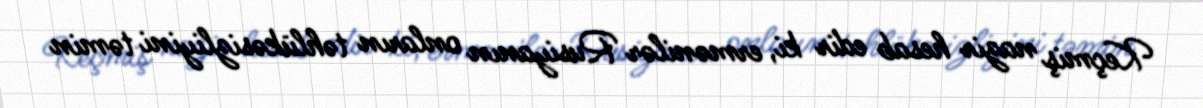
Keçmiş nazir hesab edir ki, ermənilər Rusiyanın onların təhlükəsizliyini təmin